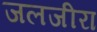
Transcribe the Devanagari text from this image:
जलजीरा